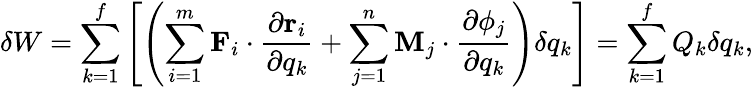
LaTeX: \delta W=\sum_{k=1}^{f}\left[\left(\sum_{i=1}^{m}\mathbf{F}_{i}\cdot{\frac{\partial\mathbf{r}_{i}}{\partial q_{k}}}+\sum_{j=1}^{n}\mathbf{M}_{j}\cdot{\frac{\partial\mathbf{\phi}_{j}}{\partial q_{k}}}\right)\delta q_{k}\right]=\sum_{k=1}^{f}Q_{k}\delta q_{k},